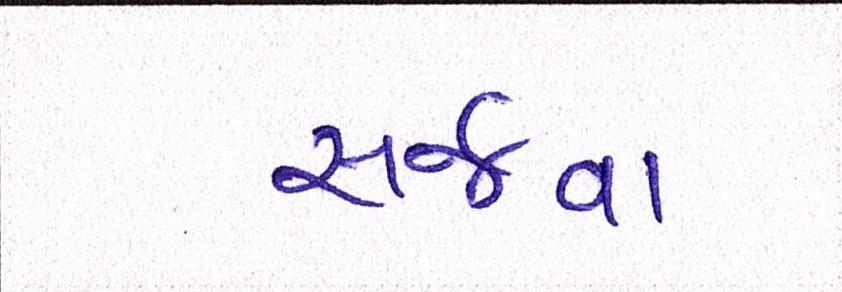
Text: સર્જવા